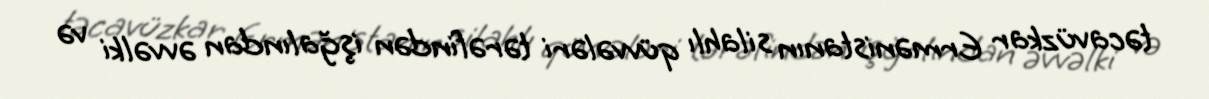
təcavüzkar Ermənistanın silahlı qüvvələri tərəfindən işğalından əvvəlki və